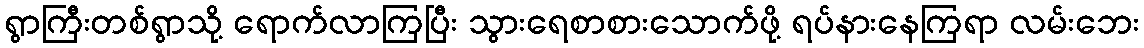
ရွာကြီးတစ်ရွာသို့ ရောက်လာကြပြီး သွားရေစာစားသောက်ဖို့ ရပ်နားနေကြရာ လမ်းဘေး